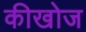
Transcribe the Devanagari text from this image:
कीखोज